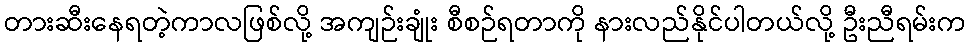
တားဆီးနေရတဲ့ကာလဖြစ်လို့ အကျဉ်းချုံး စီစဉ်ရတာကို နားလည်နိုင်ပါတယ်လို့ ဦးညီရမ်းက